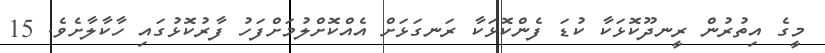
މީގެ އިތުރުން ރީނދޫކޮޅަކާ ކުޑަ ފެންކޮޅަކާ ރަނގަޅަށް އެއްކޮށްލުމަށްފަހު ފާރުކޮޅުގައި ހާކާލާށެވެ. 15